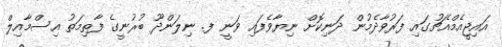
އައިޖީއެމްއެޗުގައި ފަރުވާދެމުން ދަނިކޮށް ނިޔާވެފައި ވަނީ ފ. ނިލަންދޫ ބުރުނީގެ ފާތިމަތު އިސްމާއިލް